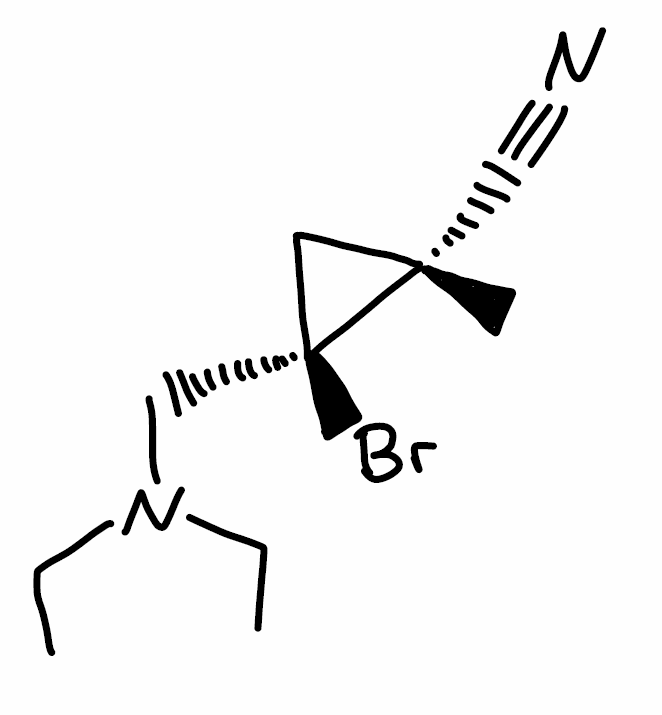
Simplified molecular-input line-entry system (SMILES) notation of the given molecule:
CCN(CC)C[C@@]1(C[C@]1(C)C#N)Br